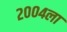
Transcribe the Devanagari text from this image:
२००४ला